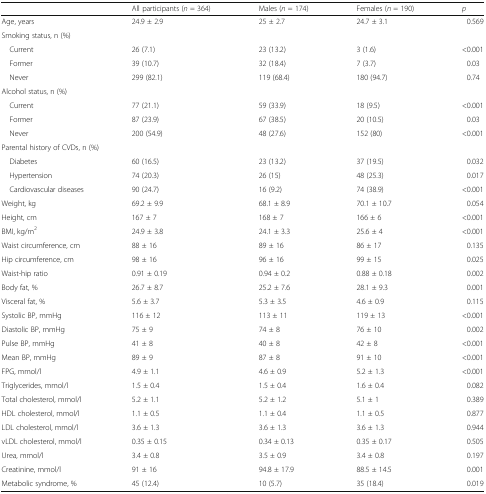
<table><thead><tr><td></td><td><b>All participants (<i>n</i> = 364)</b></td><td><b>Males (<i>n</i> = 174)</b></td><td><b>Females (<i>n</i> = 190)</b></td><td><b><i>p</i></b></td></tr></thead><tbody><tr><td>Age, years</td><td>24.9 ± 2.9</td><td>25 ± 2.7</td><td>24.7 ± 3.1</td><td>0.569</td></tr><tr><td colspan="5">Smoking status, n (%)</td></tr><tr><td> Current</td><td>26 (7.1)</td><td>23 (13.2)</td><td>3 (1.6)</td><td>&lt;0.001</td></tr><tr><td> Former</td><td>39 (10.7)</td><td>32 (18.4)</td><td>7 (3.7)</td><td>0.03</td></tr><tr><td> Never</td><td>299 (82.1)</td><td>119 (68.4)</td><td>180 (94.7)</td><td>0.74</td></tr><tr><td colspan="5">Alcohol status, n (%)</td></tr><tr><td> Current</td><td>77 (21.1)</td><td>59 (33.9)</td><td>18 (9.5)</td><td>&lt;0.001</td></tr><tr><td> Former</td><td>87 (23.9)</td><td>67 (38.5)</td><td>20 (10.5)</td><td>0.03</td></tr><tr><td> Never</td><td>200 (54.9)</td><td>48 (27.6)</td><td>152 (80)</td><td>&lt;0.001</td></tr><tr><td colspan="5">Parental history of CVDs, n (%)</td></tr><tr><td> Diabetes</td><td>60 (16.5)</td><td>23 (13.2)</td><td>37 (19.5)</td><td>0.032</td></tr><tr><td> Hypertension</td><td>74 (20.3)</td><td>26 (15)</td><td>48 (25.3)</td><td>0.017</td></tr><tr><td> Cardiovascular diseases</td><td>90 (24.7)</td><td>16 (9.2)</td><td>74 (38.9)</td><td>&lt;0.001</td></tr><tr><td>Weight, kg</td><td>69.2 ± 9.9</td><td>68.1 ± 8.9</td><td>70.1 ± 10.7</td><td>0.054</td></tr><tr><td>Height, cm</td><td>167 ± 7</td><td>168 ± 7</td><td>166 ± 6</td><td>&lt;0.001</td></tr><tr><td>BMI, kg/m<sup>2</sup></td><td>24.9 ± 3.8</td><td>24.1 ± 3.3</td><td>25.6 ± 4</td><td>&lt;0.001</td></tr><tr><td>Waist circumference, cm</td><td>88 ± 16</td><td>89 ± 16</td><td>86 ± 17</td><td>0.135</td></tr><tr><td>Hip circumference, cm</td><td>98 ± 16</td><td>96 ± 16</td><td>99 ± 15</td><td>0.025</td></tr><tr><td>Waist-hip ratio</td><td>0.91 ± 0.19</td><td>0.94 ± 0.2</td><td>0.88 ± 0.18</td><td>0.002</td></tr><tr><td>Body fat, %</td><td>26.7 ± 8.7</td><td>25.2 ± 7.6</td><td>28.1 ± 9.3</td><td>0.001</td></tr><tr><td>Visceral fat, %</td><td>5.6 ± 3.7</td><td>5.3 ± 3.5</td><td>4.6 ± 0.9</td><td>0.115</td></tr><tr><td>Systolic BP, mmHg</td><td>116 ± 12</td><td>113 ± 11</td><td>119 ± 13</td><td>&lt;0.001</td></tr><tr><td>Diastolic BP, mmHg</td><td>75 ± 9</td><td>74 ± 8</td><td>76 ± 10</td><td>0.002</td></tr><tr><td>Pulse BP, mmHg</td><td>41 ± 8</td><td>40 ± 8</td><td>42 ± 8</td><td>&lt;0.001</td></tr><tr><td>Mean BP, mmHg</td><td>89 ± 9</td><td>87 ± 8</td><td>91 ± 10</td><td>&lt;0.001</td></tr><tr><td>FPG, mmol/l</td><td>4.9 ± 1.1</td><td>4.6 ± 0.9</td><td>5.2 ± 1.3</td><td>&lt;0.001</td></tr><tr><td>Triglycerides, mmol/l</td><td>1.5 ± 0.4</td><td>1.5 ± 0.4</td><td>1.6 ± 0.4</td><td>0.082</td></tr><tr><td>Total cholesterol, mmol/l</td><td>5.2 ± 1.1</td><td>5.2 ± 1.2</td><td>5.1 ± 1</td><td>0.389</td></tr><tr><td>HDL cholesterol, mmol/l</td><td>1.1 ± 0.5</td><td>1.1 ± 0.4</td><td>1.1 ± 0.5</td><td>0.877</td></tr><tr><td>LDL cholesterol, mmol/l</td><td>3.6 ± 1.3</td><td>3.6 ± 1.3</td><td>3.6 ± 1.3</td><td>0.944</td></tr><tr><td>vLDL cholesterol, mmol/l</td><td>0.35 ± 0.15</td><td>0.34 ± 0.13</td><td>0.35 ± 0.17</td><td>0.505</td></tr><tr><td>Urea, mmol/l</td><td>3.4 ± 0.8</td><td>3.5 ± 0.9</td><td>3.4 ± 0.8</td><td>0.197</td></tr><tr><td>Creatinine, mmol/l</td><td>91 ± 16</td><td>94.8 ± 17.9</td><td>88.5 ± 14.5</td><td>0.001</td></tr><tr><td>Metabolic syndrome, %</td><td>45 (12.4)</td><td>10 (5.7)</td><td>35 (18.4)</td><td>0.019</td></tr></tbody></table>